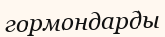
гормондарды